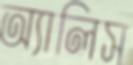
অ্যালিস